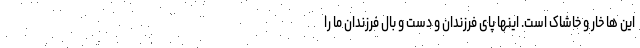
این ها خار و خاشاک است. اینها پای فرزندان و دست و بال فرزندان ما را